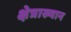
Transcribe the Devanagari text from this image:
क्षेत्राख्यान